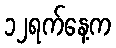
၁၂ရက်နေ့က